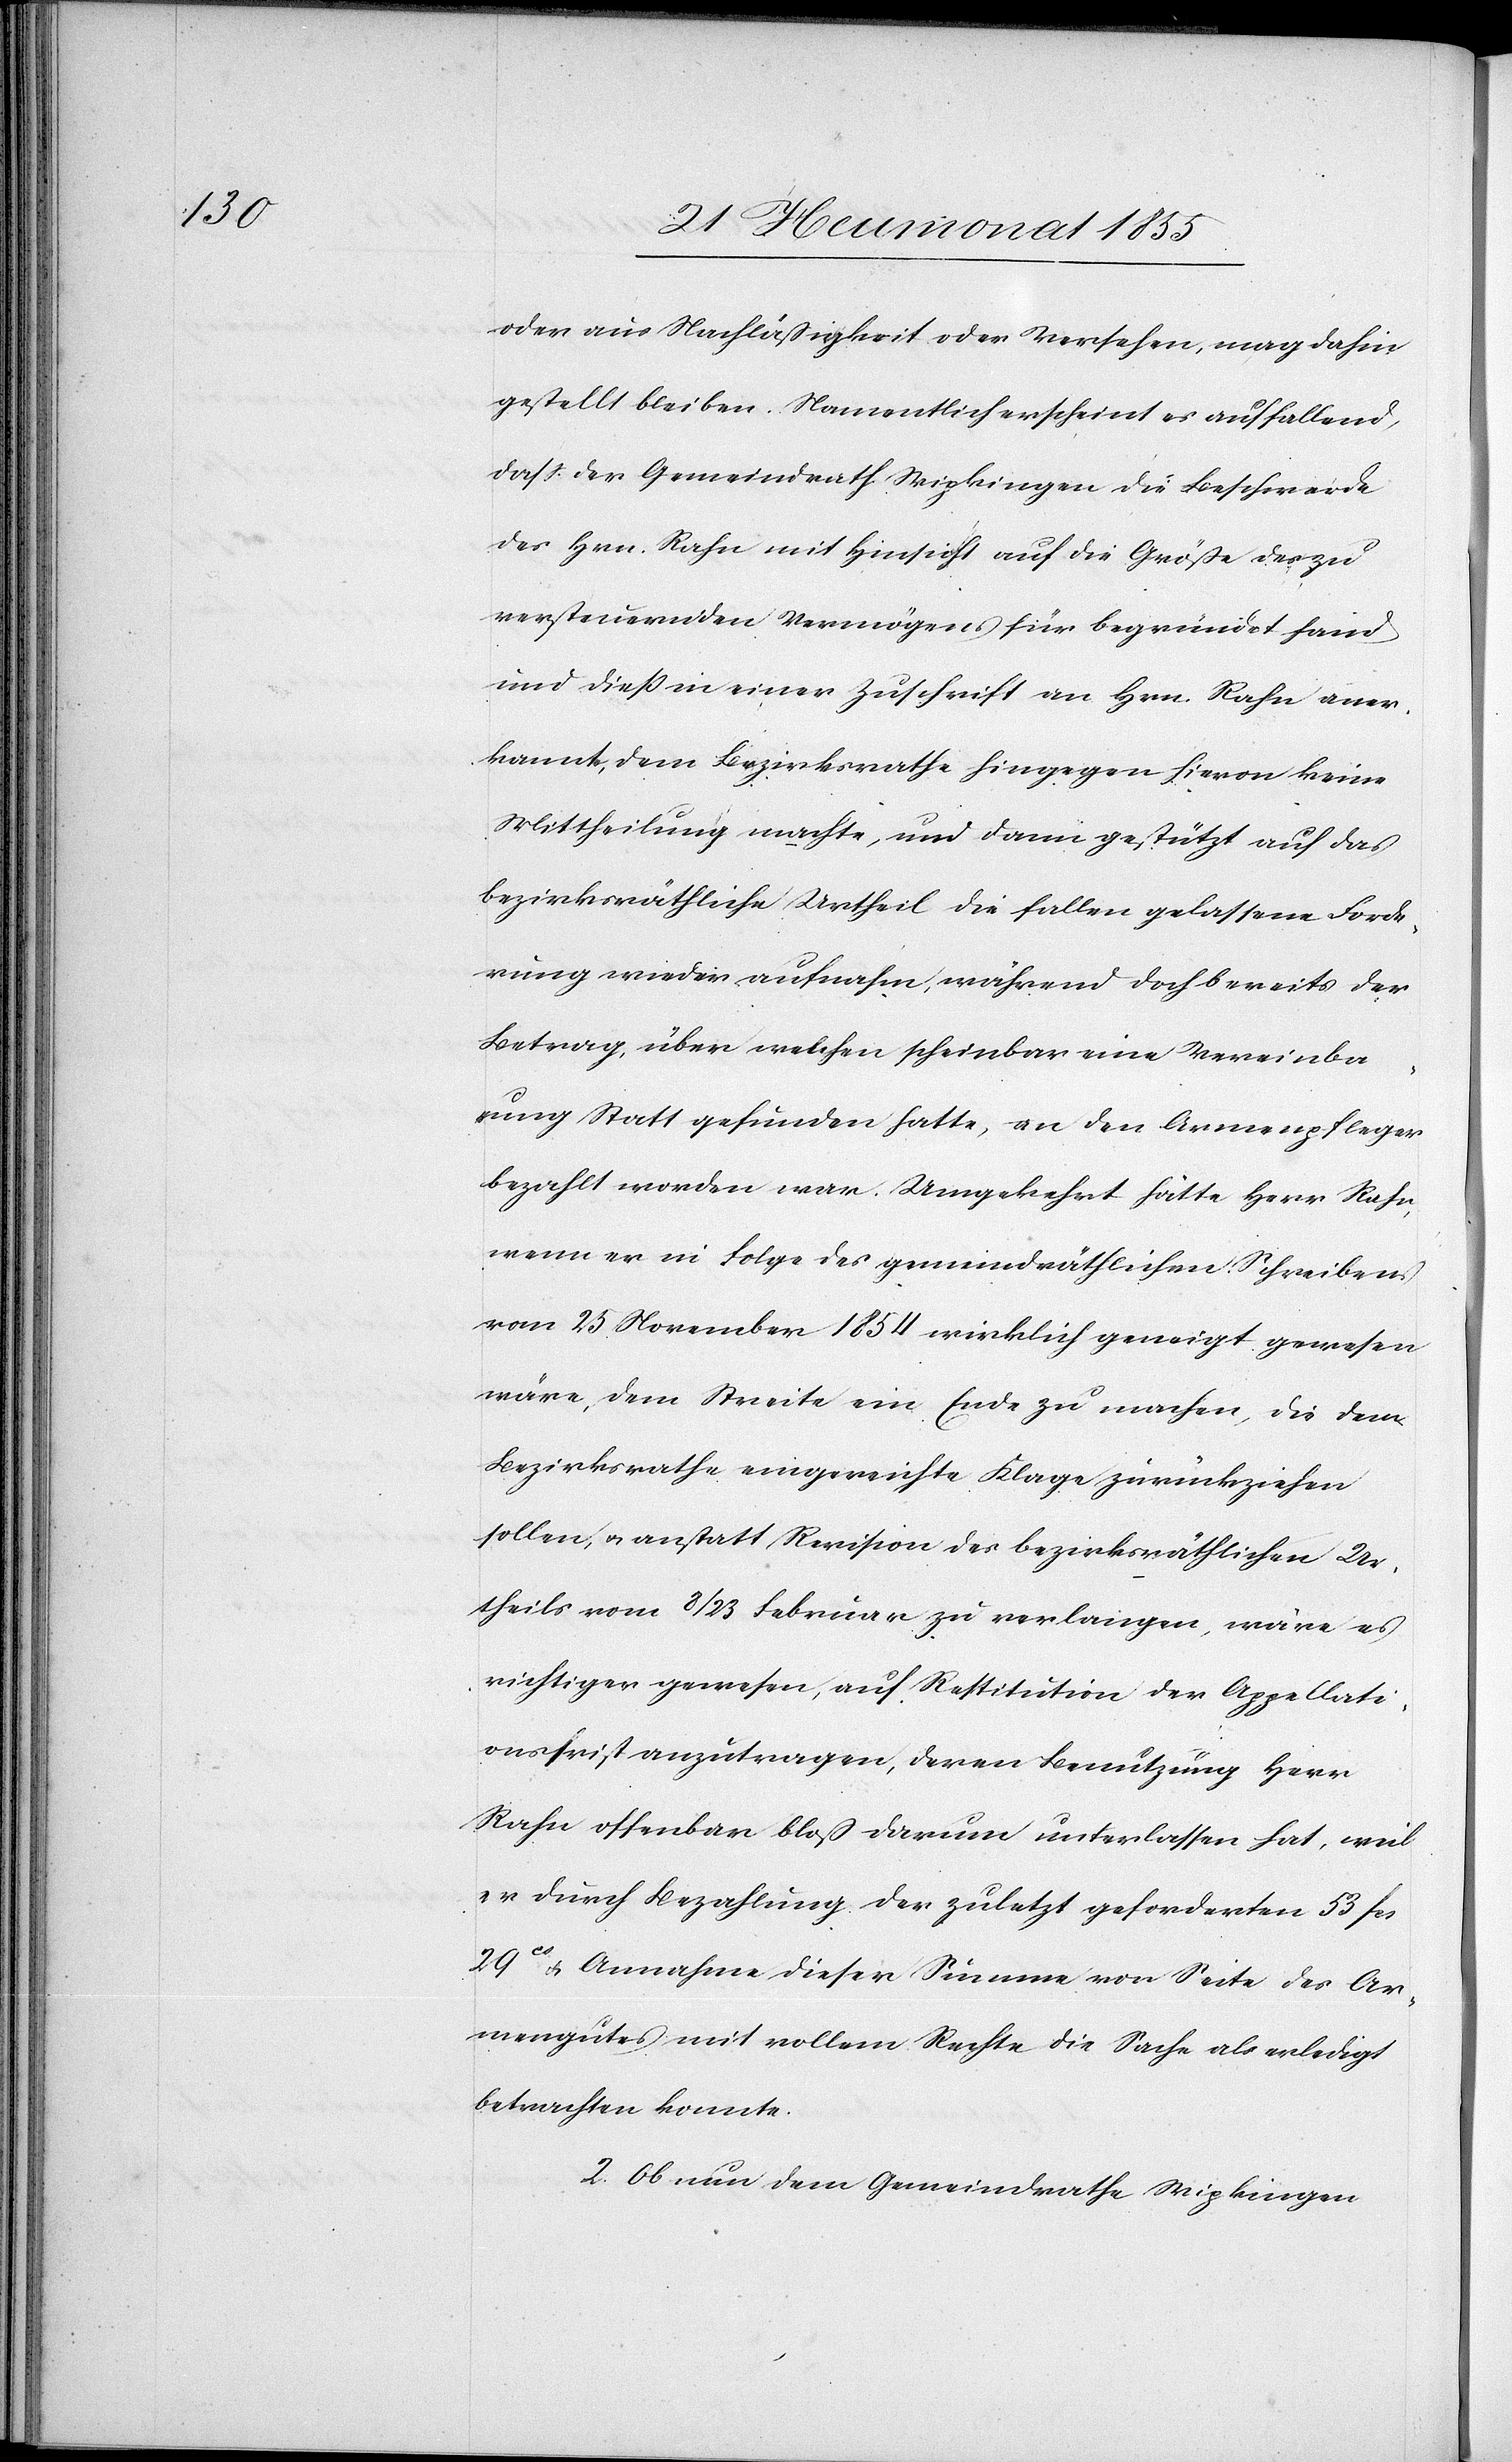
oder aus Nachläßigkeit oder Versehen, mag dahin
gestellt bleiben. Namentlich erscheint es auffallend,
dass der Gemeindrath Wipkingen die Beschwerde
des Hrn. Rahn mit Hinsicht auf die Größe des zu
versteuernden Vermögens für begründet fand
und dieß in einer Zuschrift an Hrn. Rahn aner¬
kannte, dem Bezirksrathe hingegen hievon keine
Mittheilung machte, und dann gestützt auf das
bezirksräthliche Urtheil die fallen gelassene Forde¬
rung wieder aufnahm, während doch bereits der
Betrag, über welchen scheinbar eine Vereinba¬
rung Statt gefunden hatte, an den Armenpfleger
bezahlt worden war. Umgekehrt hätte Herr Rahn,
wenn er in Folge des gemeindräthlichen Schreibens
vom 25 November 1854 wirklich geneigt gewesen
wäre, dem Streite ein Ende zu machen, die dem
Bezirksrathe eingereichte Klage zurückziehen
sollen, & anstatt Revision des bezirksräthlichen Ur¬
theils vom 8 / 23 Februar zu verlangen, wäre es
richtiger gewesen, auf Restitution der Appellati¬
onsfrist anzutragen, deren Benutzung Herr
Rahn offenbar bloß darum unterlassen hat, weil
er durch Bezahlung der zuletzt geforderten 53 Fcs.
29Cs & Annahme dieser Summe von Seite des Ar¬
mengutes mit vollem Rechte die Sache als erledigt
betrachten konnte.
2. Ob nun dem Gemeindrathe Wipkingen